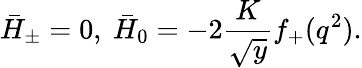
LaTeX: \bar{H}_{\pm}=0,~\bar{H}_{0}=-2\frac{K}{\sqrt{y}}f_{+}(q^{2}).